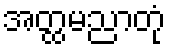
အတ္ထမညာတုံ